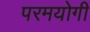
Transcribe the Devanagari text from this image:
परमयोगी